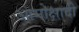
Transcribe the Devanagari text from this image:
आमोक्षादी